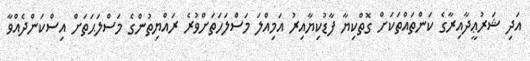
އަދި ޝަރުޢީދާއިރާގެ ކަންތައްތަކަށް ގޮތްކިޔާ ފާޑުކިޔާއިރު އަމިއްލަ މަސްލަހަތަށްވުރެ ރައްޔިތުންގެ މަސްލަޙަތަށް އިސްކަންދެއްވާ